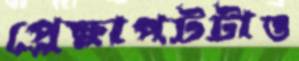
প্রেক্ষাপটটাও